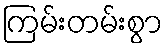
ကြမ်းတမ်းစွာ